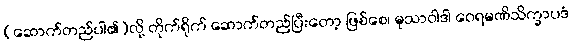
(ဆောက်တည်ပါ၏)လို့ တိုက်ရိုက် ဆောက်တည်ပြီးတော့ ဖြစ်စေ၊ မုသာဝါဒါ ဝေရမဏိသိက္ခာပဒံ